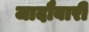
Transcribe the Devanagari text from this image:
जादौबारी